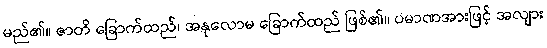
မည်၏။ ဇာတိ ခြောက်ထည်၊ အနုလောမ ခြောက်ထည် ဖြစ်၏။ ပမာဏအားဖြင့် အလျား